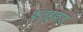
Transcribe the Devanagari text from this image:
फतहुल्लाह